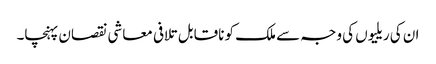
ان کی ریلیوں کی وجہ سے ملک کو ناقابل تلافی معاشی نقصان پہنچا۔